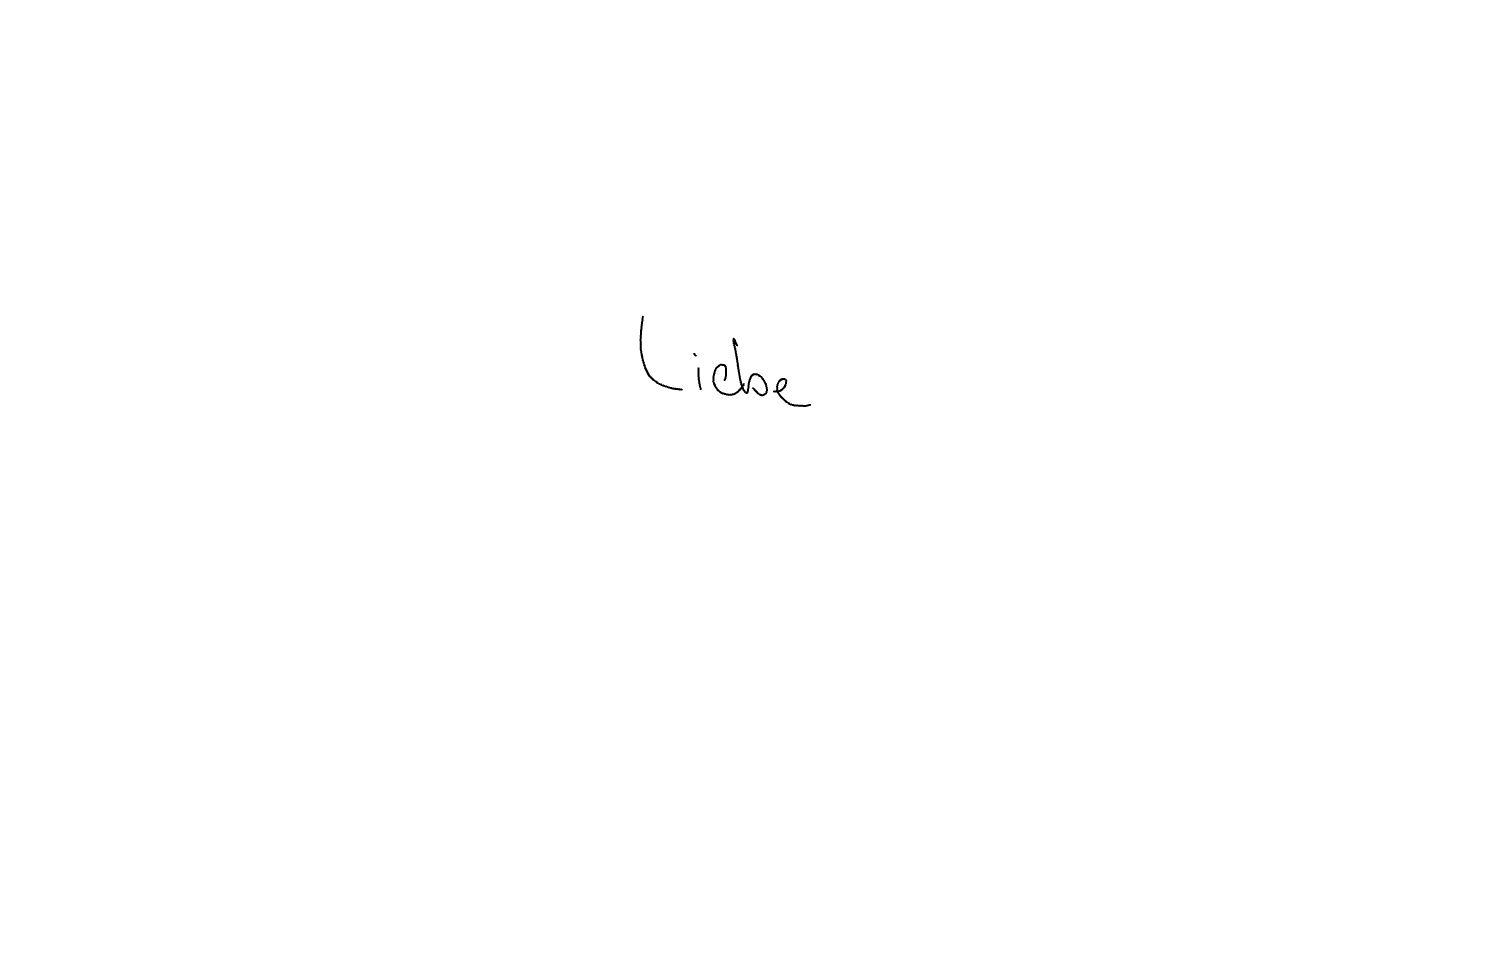
Text: Liebe